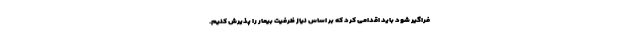
فراگیر شود باید اقدامی کرد که بر اساس نیاز ظرفیت بیمار را پذیرش کنیم.